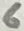
Text: 6